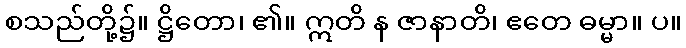
စသည်တို့၌။ ဋ္ဌိတော၊ ၏။ ဣတိ န ဇာနာတိ၊ ဧတေ ဓမ္မာ။ ပ။